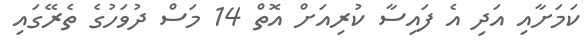
ކަމަށާއި އަދި އެ ފައިސާ ކުރިއަށް އޮތް 14 މަސް ދުވަހުގެ ތެރޭގައި